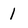
Character: 1